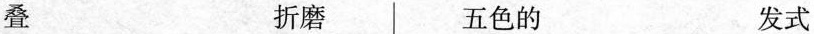
叠 折磨 五色的 发式